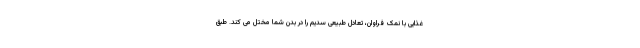
غذایی با نمک فراوان، تعادل طبیعی سدیم را در بدن شما مختل می کند. طبق